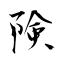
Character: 険